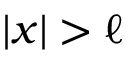
| x | > \ell